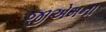
જીએમના